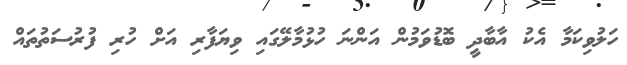
ހަލުވިކަމާ އެކު އާބާދީ ބޮޑުވަމުން އަންނަ ހުޅުމާލޭގައި ވިޔަފާރި އަށް ހުރި ފުރުސަތުތައް